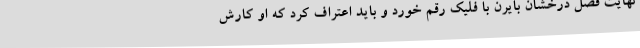
نهایت فصل درخشان بایرن با فلیک رقم خورد و باید اعتراف کرد که او کارش